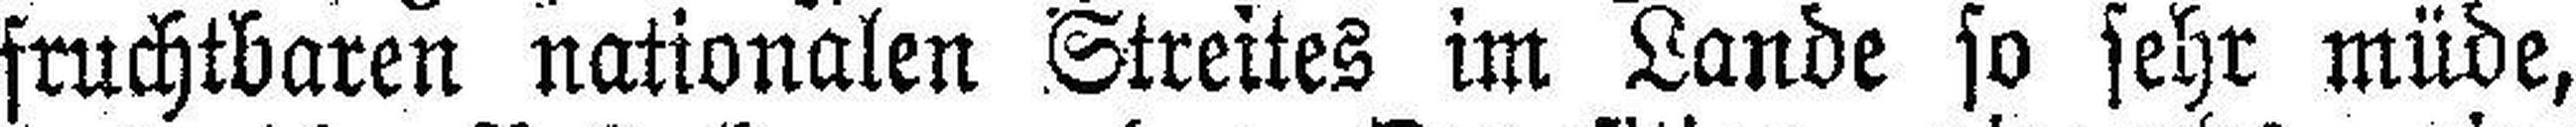
fruchtbaren nationalen Streites im Lande so sehr müde,